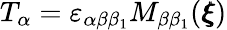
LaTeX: T_{\alpha}=\varepsilon_{\alpha\beta\beta_{1}}M_{\beta\beta_{1}}({\pmb\xi})